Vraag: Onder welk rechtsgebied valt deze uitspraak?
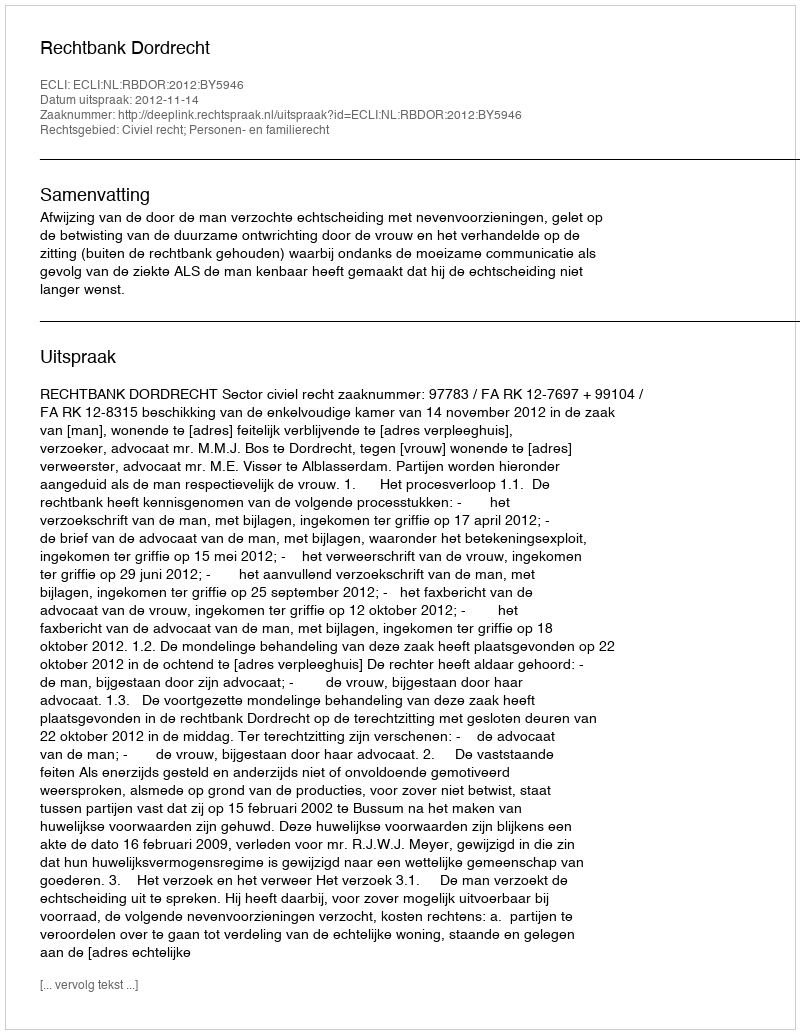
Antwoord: Civiel recht; Personen- en familierecht